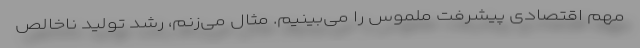
مهم اقتصادی پیشرفت ملموس را می‌بینیم. مثال می‌زنم، رشد تولید ناخالص